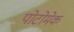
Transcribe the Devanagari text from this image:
पोटोमेक